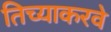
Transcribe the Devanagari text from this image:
तिच्याकरवे